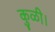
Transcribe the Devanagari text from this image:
कुळी।